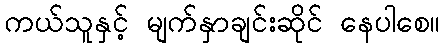
ကယ်သူနှင့် မျက်နှာချင်းဆိုင် နေပါစေ။